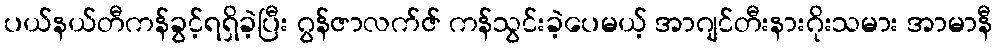
ပယ်နယ်တီကန်ခွင့်ရရှိခဲ့ပြီး ဂွန်ဇာလက်ဇ် ကန်သွင်းခဲ့ပေမယ့် အာဂျင်တီးနားဂိုးသမား အာမာနီ